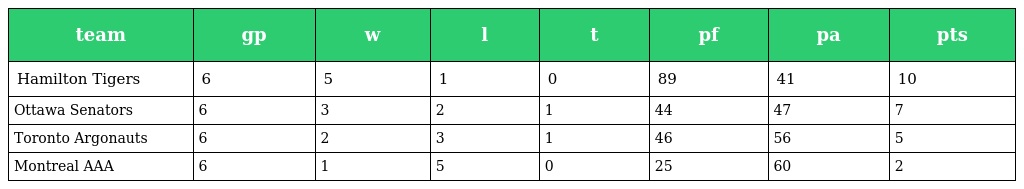
| team | gp | w | l | t | pf | pa | pts |
 | --- | --- | --- | --- | --- | --- | --- | --- |
 | Hamilton Tigers | 6 | 5 | 1 | 0 | 89 | 41 | 10 |
 | Ottawa Senators | 6 | 3 | 2 | 1 | 44 | 47 | 7 |
 | Toronto Argonauts | 6 | 2 | 3 | 1 | 46 | 56 | 5 |
 | Montreal AAA | 6 | 1 | 5 | 0 | 25 | 60 | 2 |